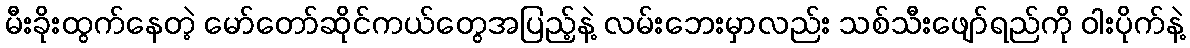
မီးခိုးထွက်နေတဲ့ မော်တော်ဆိုင်ကယ်တွေအပြည့်နဲ့ လမ်းဘေးမှာလည်း သစ်သီးဖျော်ရည်ကို ဝါးပိုက်နဲ့